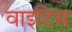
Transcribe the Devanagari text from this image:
वाइटिस